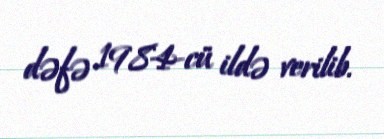
dəfə 1984-cü ildə verilib.